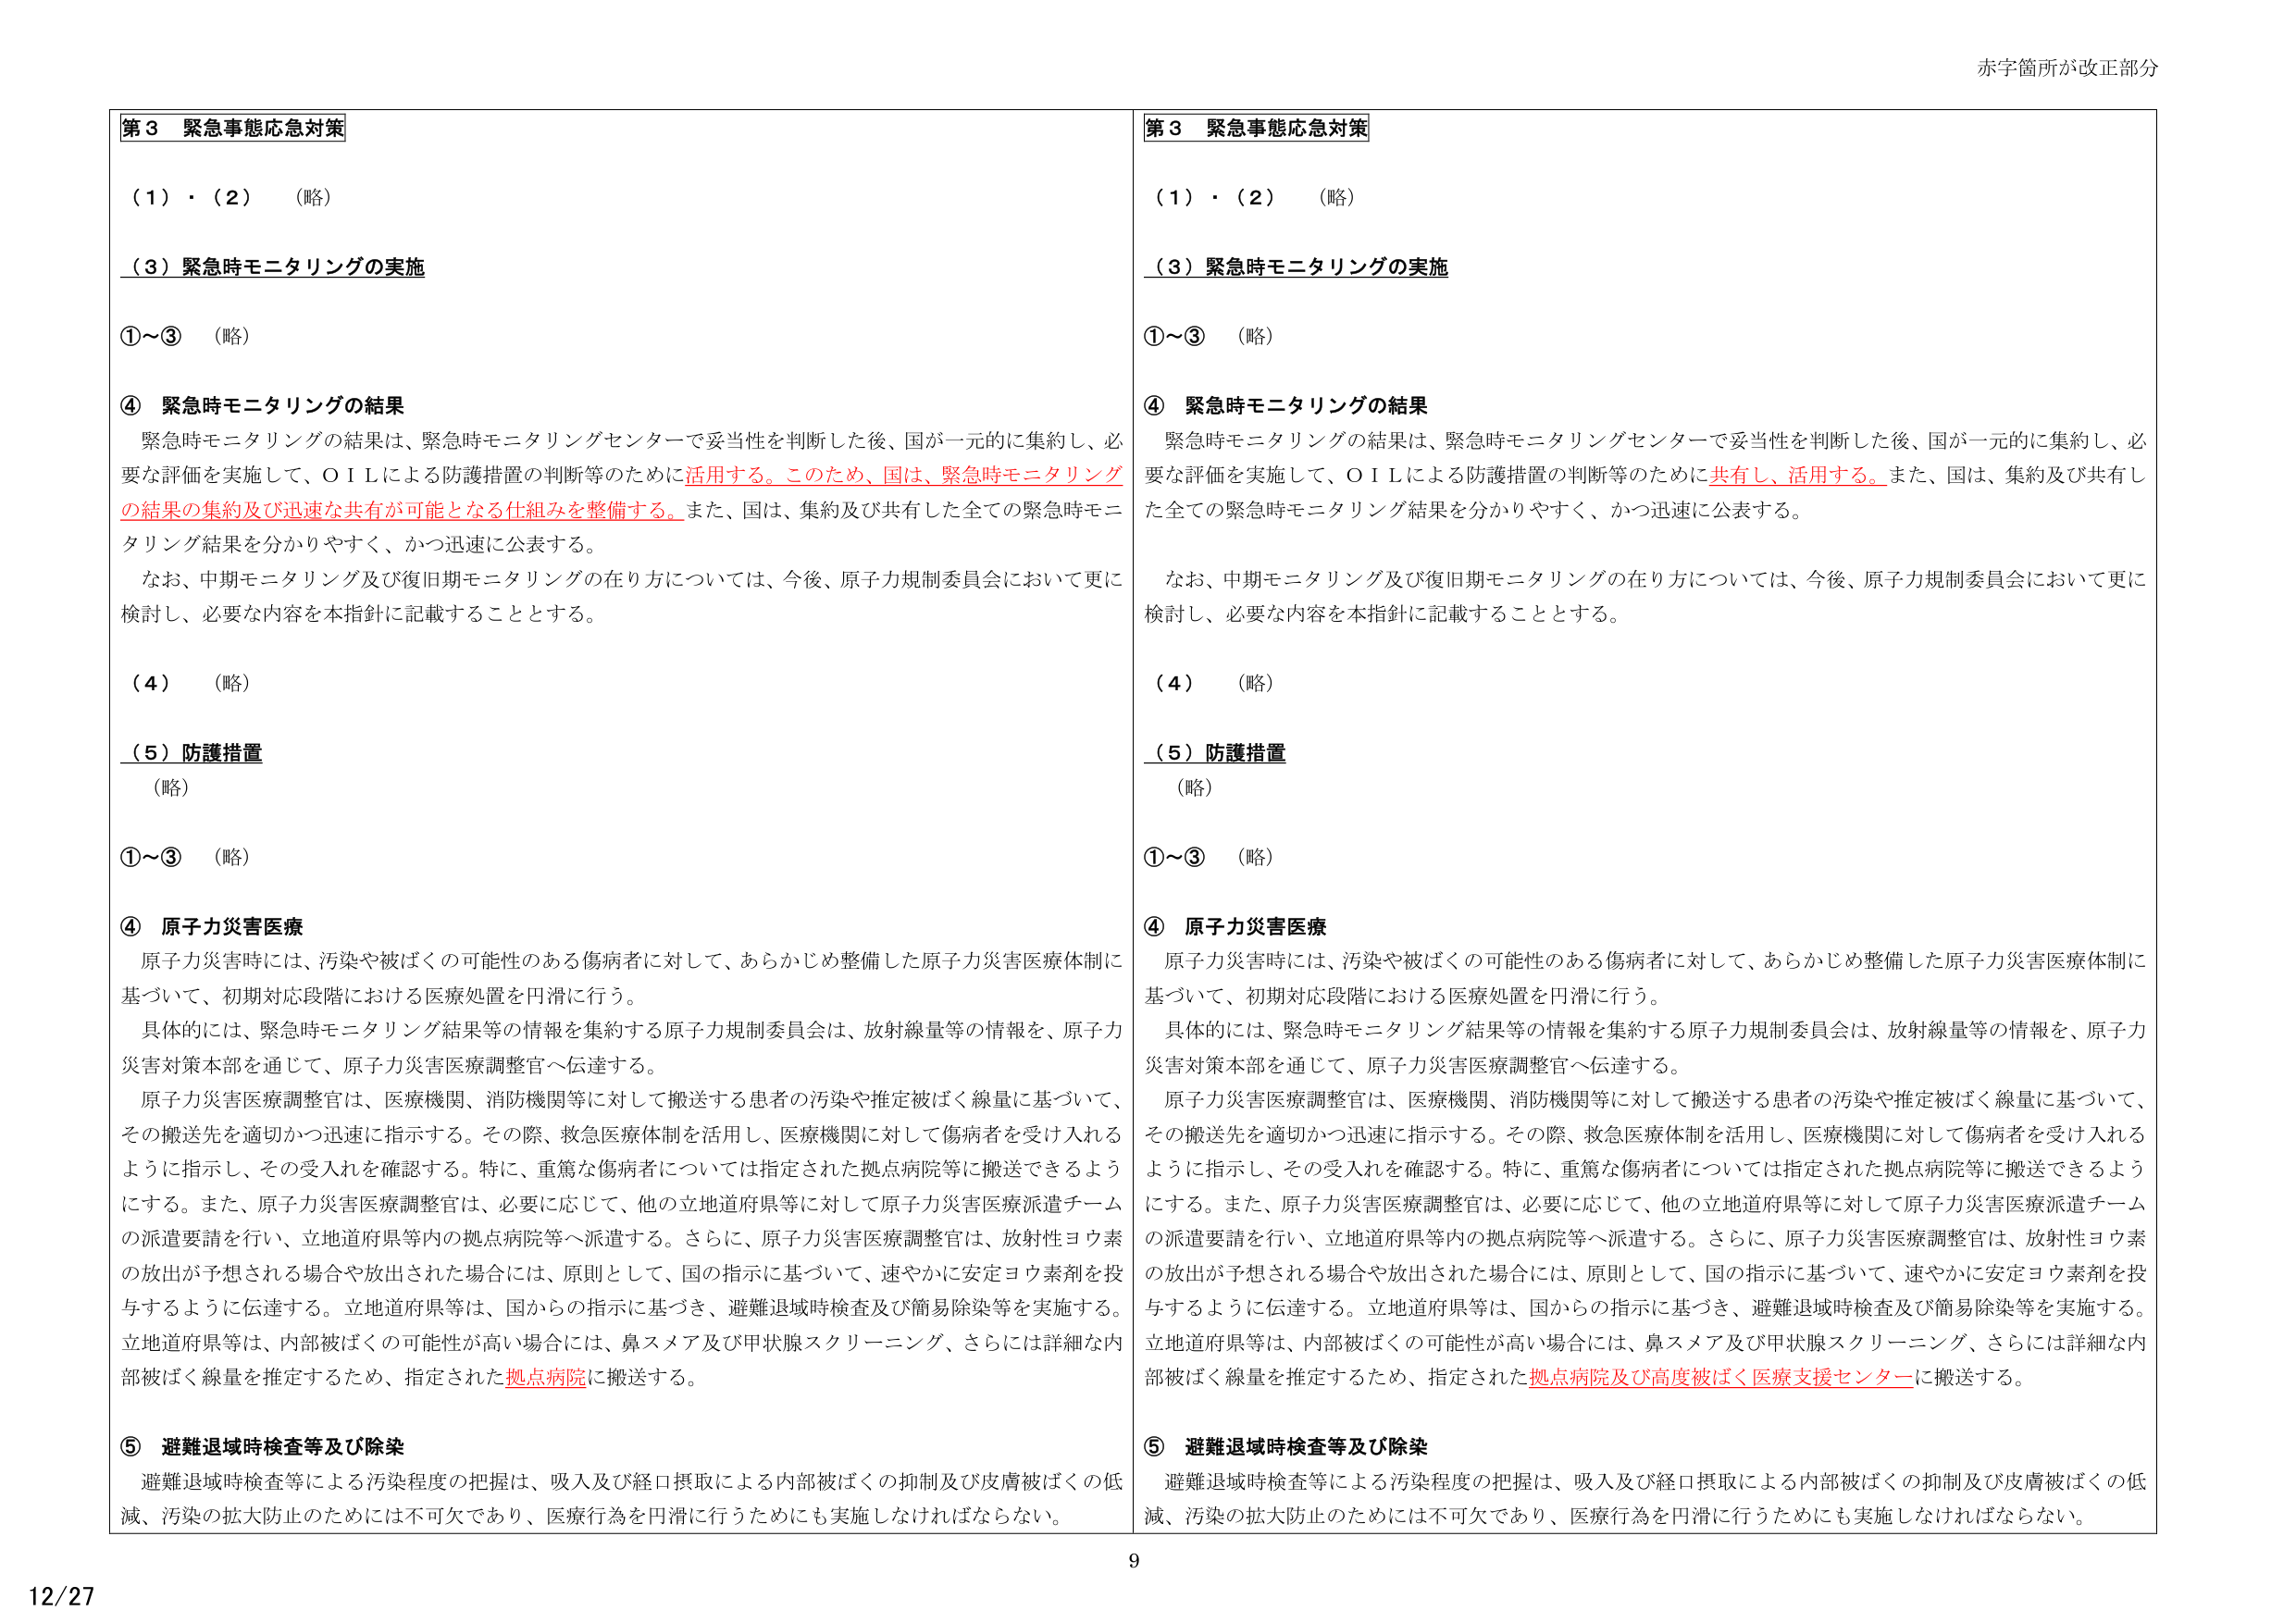
第３ 緊急事態応急対策

（１）・（２） （略）

（３）緊急時モニタリングの実施

①～③ （略）

④ 緊急時モニタリングの結果

緊急時モニタリングの結果は、緊急時モニタリングセンターで妥当性を判断した後、国が一元的に集約し、必要な評価を実施して、ＯＩＬによる防護措置の判断等のために活用する。このため、国は、緊急時モニタリングの結果の集約及び迅速な共有が可能となる仕組みを整備する。また、国は、集約及び共有した全ての緊急時モニタリング結果を分かりやすく、かつ迅速に公表する。

なお、中期モニタリング及び復旧期モニタリングの在り方については、今後、原子力規制委員会において更に検討し、必要な内容を本指針に記載することとする。

（４） （略）

（５）防護措置

（略）

①～③ （略）

④ 原子力災害医療

原子力災害時には、汚染や被ばくの可能性のある傷病者に対して、あらかじめ整備した原子力災害医療体制に基づいて、初期対応段階における医療処置を円滑に行う。

具体的には、緊急時モニタリング結果等の情報を集約する原子力規制委員会は、放射線量等の情報を、原子力災害対策本部を通じて、原子力災害医療調整官へ伝達する。

原子力災害医療調整官は、医療機関、消防機関等に対して搬送する患者の汚染や推定被ばく線量に基づいて、その搬送先を適切かつ迅速に指示する。その際、救急医療体制を活用し、医療機関に対して傷病者を受け入れるように指示し、その受入れを確認する。特に、重篤な傷病者については指定された拠点病院等に搬送できるようにする。また、原子力災害医療調整官は、必要に応じて、他の立地道府県等に対して原子力災害医療派遣チームの派遣要請を行い、立地道府県等内の拠点病院等へ派遣する。さらに、原子力災害医療調整官は、放射性ヨウ素の放出が予想される場合や放出された場合には、原則として、国の指示に基づいて、速やかに安定ヨウ素剤を投与するように伝達する。立地道府県等は、国からの指示に基づき、避難退域時検査及び簡易除染等を実施する。立地道府県等は、内部被ばくの可能性が高い場合には、鼻スメア及び甲状腺スクリーニング、さらには詳細な内部被ばく線量を推定するため、指定された拠点病院に搬送する。

⑤ 避難退域時検査等及び除染

避難退域時検査等による汚染程度の把握は、吸入及び経口摂取による内部被ばくの抑制及び皮膚被ばくの低減、汚染の拡大防止のためには不可欠であり、医療行為を円滑に行うためにも実施しなければならない。

第３ 緊急事態応急対策

（１）・（２） （略）

（３）緊急時モニタリングの実施

①～③ （略）

④ 緊急時モニタリングの結果

緊急時モニタリングの結果は、緊急時モニタリングセンターで妥当性を判断した後、国が一元的に集約し、必要な評価を実施して、ＯＩＬによる防護措置の判断等のために共有し、活用する。また、国は、集約及び共有した全ての緊急時モニタリング結果を分かりやすく、かつ迅速に公表する。

なお、中期モニタリング及び復旧期モニタリングの在り方については、今後、原子力規制委員会において更に検討し、必要な内容を本指針に記載することとする。

（４） （略）

（５）防護措置

（略）

①～③ （略）

④ 原子力災害医療

原子力災害時には、汚染や被ばくの可能性のある傷病者に対して、あらかじめ整備した原子力災害医療体制に基づいて、初期対応段階における医療処置を円滑に行う。

具体的には、緊急時モニタリング結果等の情報を集約する原子力規制委員会は、放射線量等の情報を、原子力災害対策本部を通じて、原子力災害医療調整官へ伝達する。

原子力災害医療調整官は、医療機関、消防機関等に対して搬送する患者の汚染や推定被ばく線量に基づいて、その搬送先を適切かつ迅速に指示する。その際、救急医療体制を活用し、医療機関に対して傷病者を受け入れるように指示し、その受入れを確認する。特に、重篤な傷病者については指定された拠点病院等に搬送できるようにする。また、原子力災害医療調整官は、必要に応じて、他の立地道府県等に対して原子力災害医療派遣チームの派遣要請を行い、立地道府県等内の拠点病院等へ派遣する。さらに、原子力災害医療調整官は、放射性ヨウ素の放出が予想される場合や放出された場合には、原則として、国の指示に基づいて、速やかに安定ヨウ素剤を投与するように伝達する。立地道府県等は、国からの指示に基づき、避難退域時検査及び簡易除染等を実施する。立地道府県等は、内部被ばくの可能性が高い場合には、鼻スメア及び甲状腺スクリーニング、さらには詳細な内部被ばく線量を推定するため、指定された拠点病院及び高度被ばく医療支援センターに搬送する。

⑤ 避難退域時検査等及び除染

避難退域時検査等による汚染程度の把握は、吸入及び経口摂取による内部被ばくの抑制及び皮膚被ばくの低減、汚染の拡大防止のためには不可欠であり、医療行為を円滑に行うためにも実施しなければならない。

赤字箇所が改正部分

9

12/27